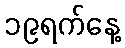
၁၉ရက်နေ့